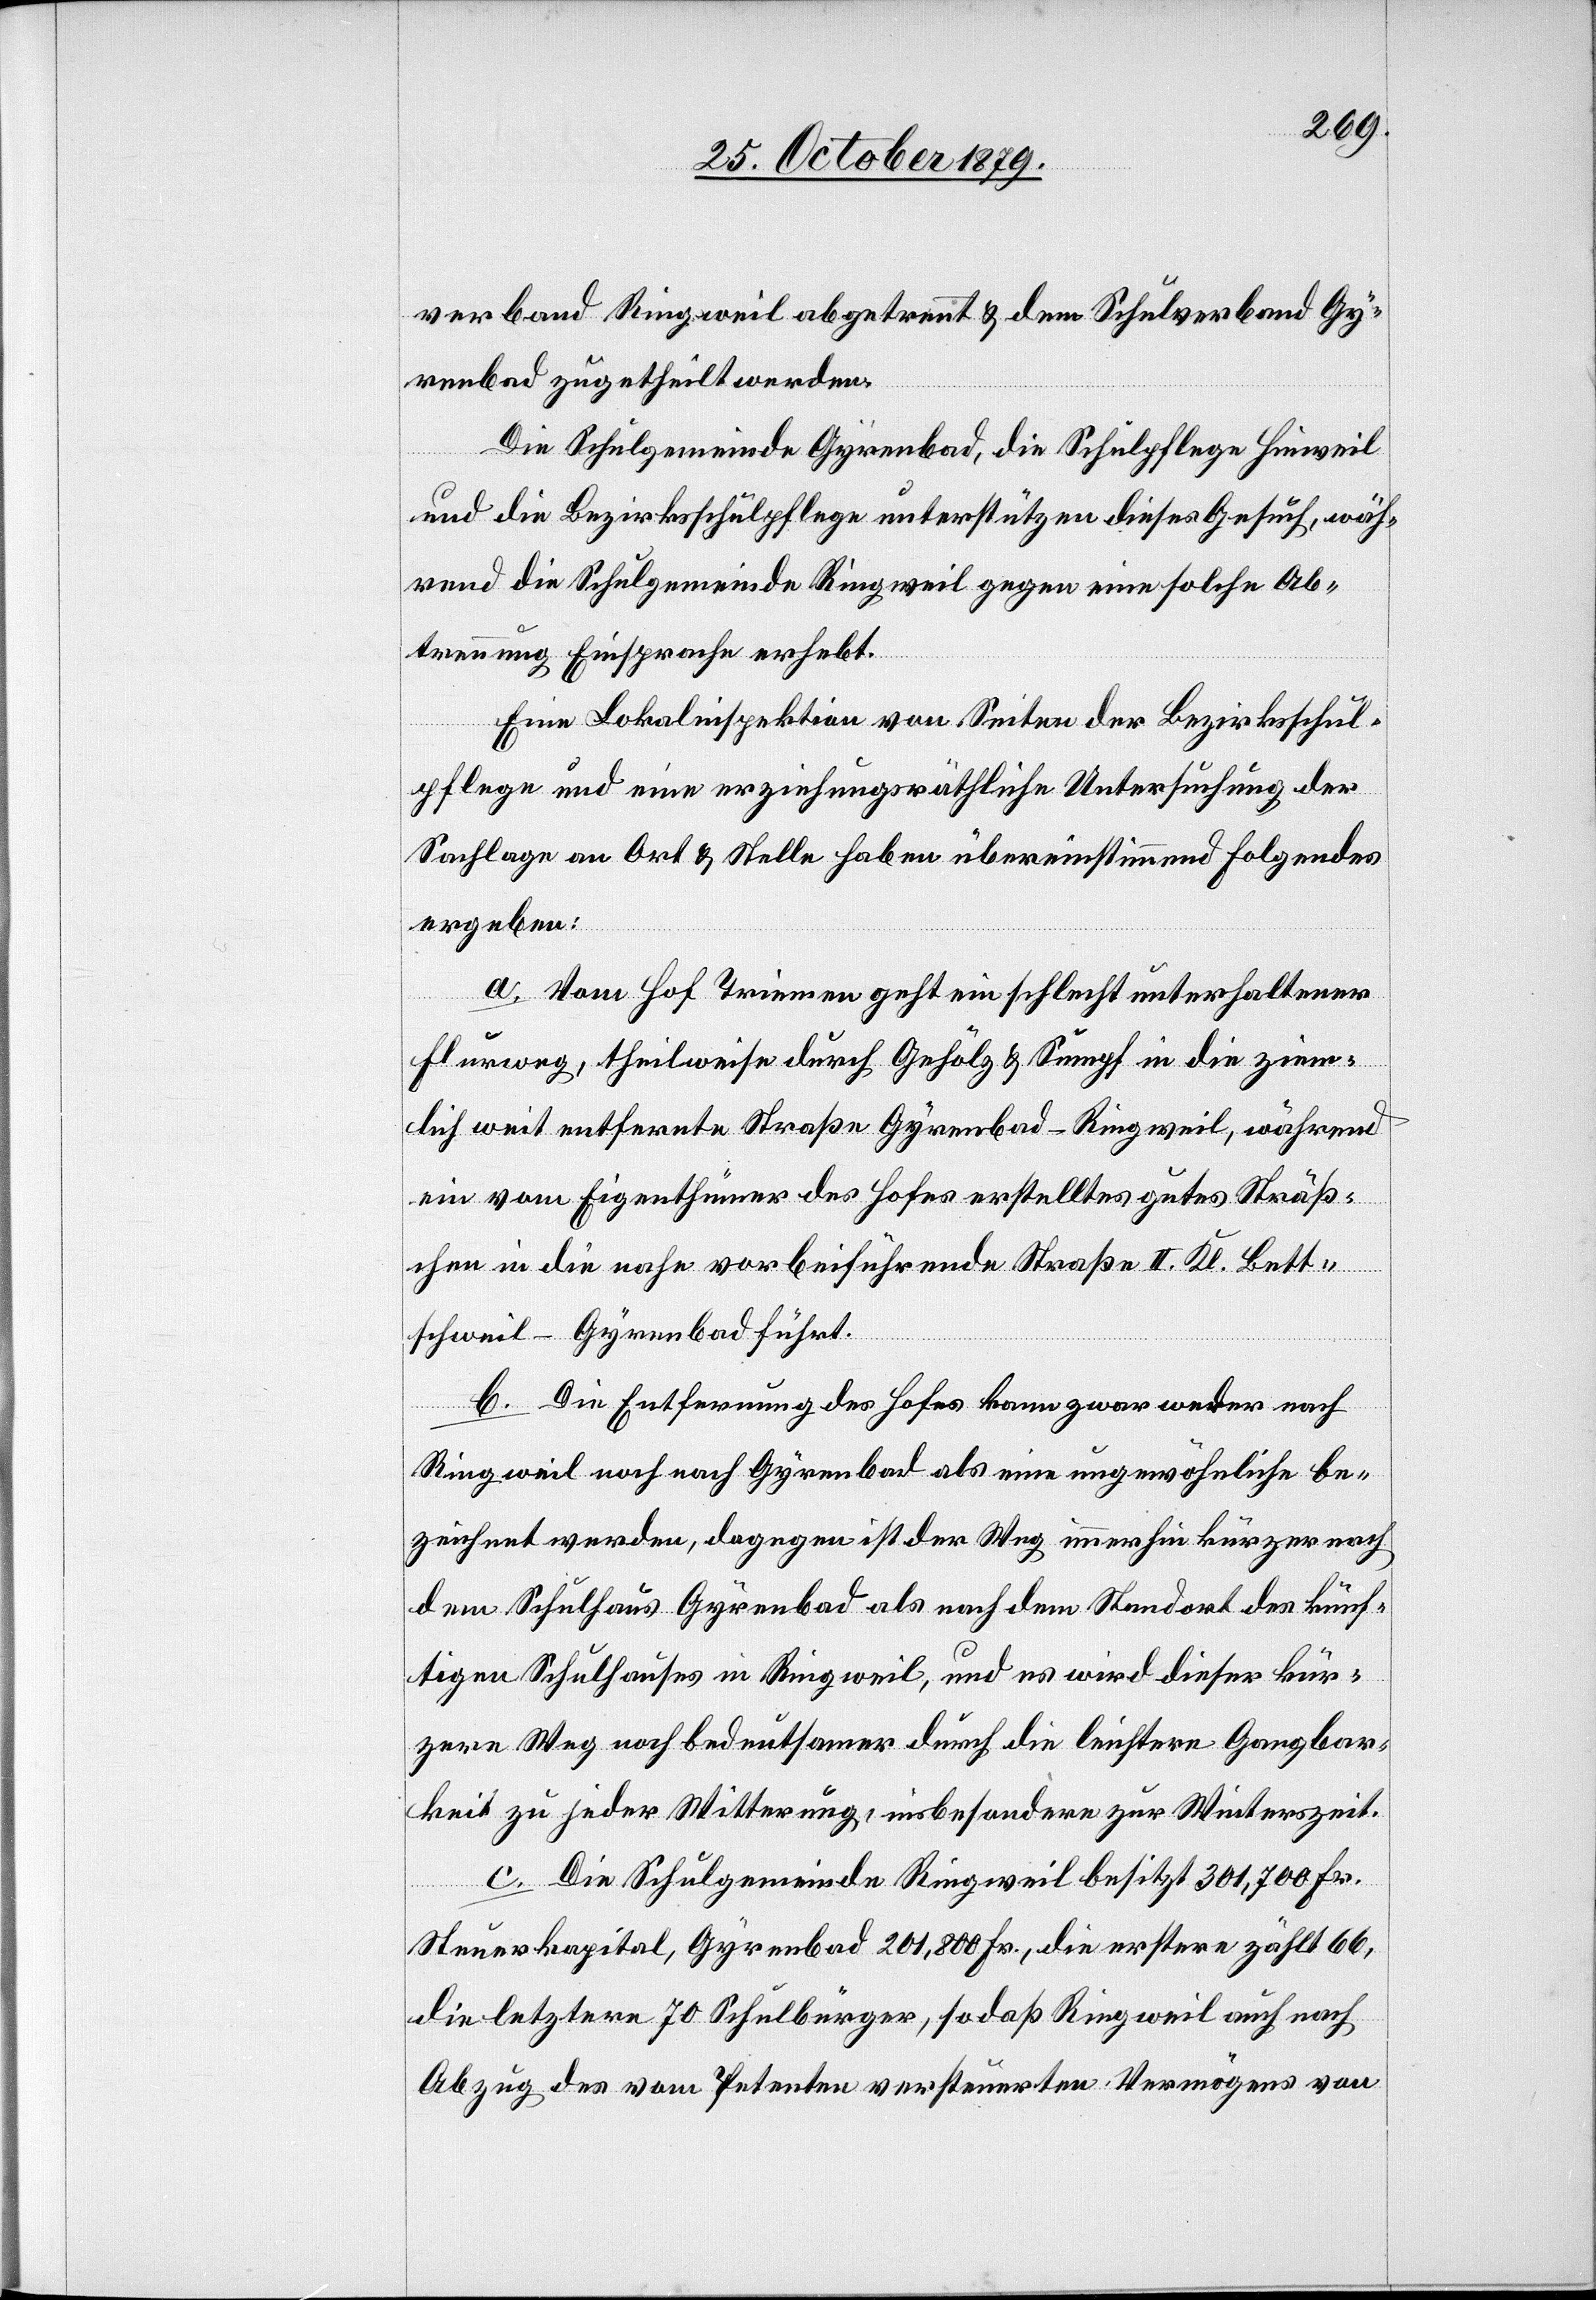
verband Ringweil abgetrennt & dem Schulverband Gy¬
renbad zugetheilt werden.
Die Schulgemeinde Gyrenbad, die Schulpflege Hinweil
und die Bezirksschulpflege unterstützen dieses Gesuch, wäh¬
rend die Schulgemeinde Ringweil gegen eine solche Ab¬
trennung Einsprache erhebt.
Eine Lokalinspektion von Seiten der Bezirksschul¬
pflege und eine erziehungsräthliche Untersuchung der
Sachlage an Ort & Stelle haben übereinstimmend folgendes
ergeben:
a. Vom Hof Triemen geht ein schlecht unterhaltener
Flurweg, theilweise durch Gehölz & Sumpf in die ziem¬
lich weit entfernte Straße Gyrenbad–Ringweil, während
ein vom Eigenthümer des Hofes erstelltes gutes Sträß¬
chen in die nahe vorbeiführende Straße II. Kl. Bett¬
schweil–Gyrenbad führt.
b. Die Entfernung des Hofes kann zwar weder nach
Ringweil noch nach Gyrenbad als eine ungewöhnliche be¬
zeichnet werden, dagegen ist der Weg immerhin kürzer nach
dem Schulhaus Gyrenbad als nach dem Standort des künf¬
tigen Schulhauses in Ringweil, und es wird dieser kür¬
zere Weg noch bedeutsamer durch die leichtere Gangbar¬
keit zu jeder Witterung, insbesondere zur Winterzeit.
c. Die Schulgemeinde Ringweil besitzt 301,700 Fr.
Steuerkapital, Gyrenbad 201,800 Fr., die erstere zählt 66,
die letztere 70 Schulbürger, sodaß Ringweil auch nach
Abzug des vom Petenten versteuerten Vermögens von